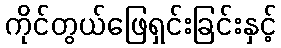
ကိုင်တွယ်ဖြေရှင်းခြင်းနှင့်